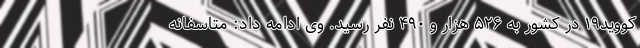
کووید۱۹ در کشور به ۵۲۶ هزار و ۴۹۰ نفر رسید. وی ادامه داد: متاسفانه